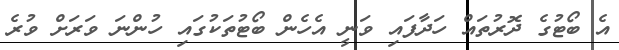
އެ ބޯޓުގެ ދޮރުތައް ހަދާފައި ވަނީ އެހެން ބޯޓުތަކުގައި ހުންނަ ވަރަށް ވުރެ